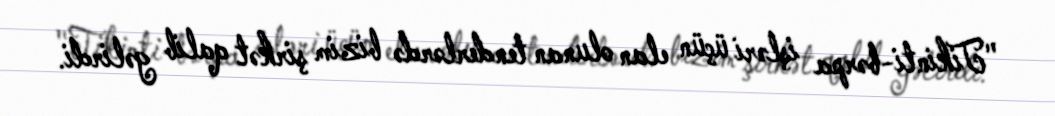
"Tikinti-bərpa işləri üçün elan olunan tenderlərdə bizim şirkət qalib gəlirdi.